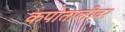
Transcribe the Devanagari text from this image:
कपोतालीवर